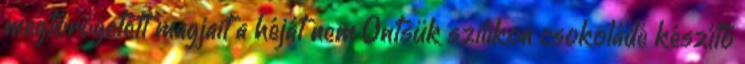
megtörögetett magjait a héját nem Öntsük szilikon csokoládé készítő